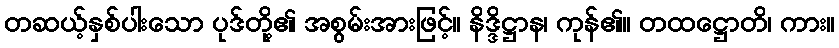
တဆယ့်နှစ်ပါးသော ပုဒ်တို့၏ အစွမ်းအားဖြင့်။ နိဒ္ဒိဋ္ဌာန၊ ကုန်၏။ တထဋ္ဌောတိ၊ ကား။